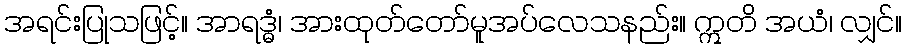
အရင်းပြုသဖြင့်။ အာရဒ္ဓံ၊ အားထုတ်တော်မူအပ်လေသနည်း။ ဣတိ အယံ၊ လျှင်။